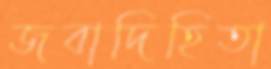
জবাদিহিতা